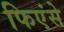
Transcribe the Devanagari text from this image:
फिएंसे